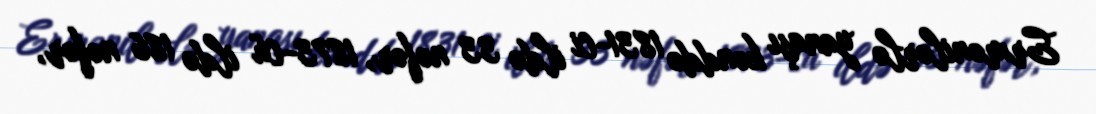
Ermənilərlə yanaşı kənddə 1831-ci ildə 33 nəfər, 1873-cü ildə 186 nəfər,